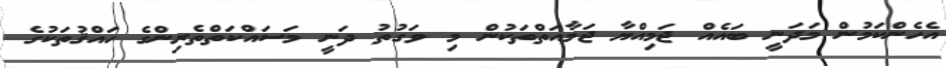
އެހެންކަމުން މަދަނީ ބައެއް ޖަމިއްޔާ ޖަމާއަތްތަކުން މި ވަގުތު ދަނީ މަސައްކަތްތެރިންގެ ހައްޤުތަކުގެ